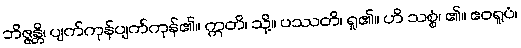
ဘိဇ္ဇန္တိ၊ ပျက်ကုန်ပျက်ကုန်၏။ ဣတိ၊ သို့။ ပဿတိ၊ ရှု၏။ ဟိ သစ္စံ၊ ၏။ ဧဝရူပံ၊